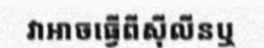
វាអាចធ្វើពីស៊ីលីនឬ